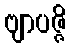
ဗျာပဇ္ဇိ